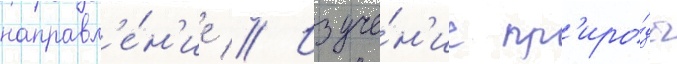
направл'е́н'ие // Изуче́н'ие пр'иро́ды